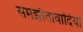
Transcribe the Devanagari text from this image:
समझौतावादियों